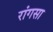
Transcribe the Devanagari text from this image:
रांगसा